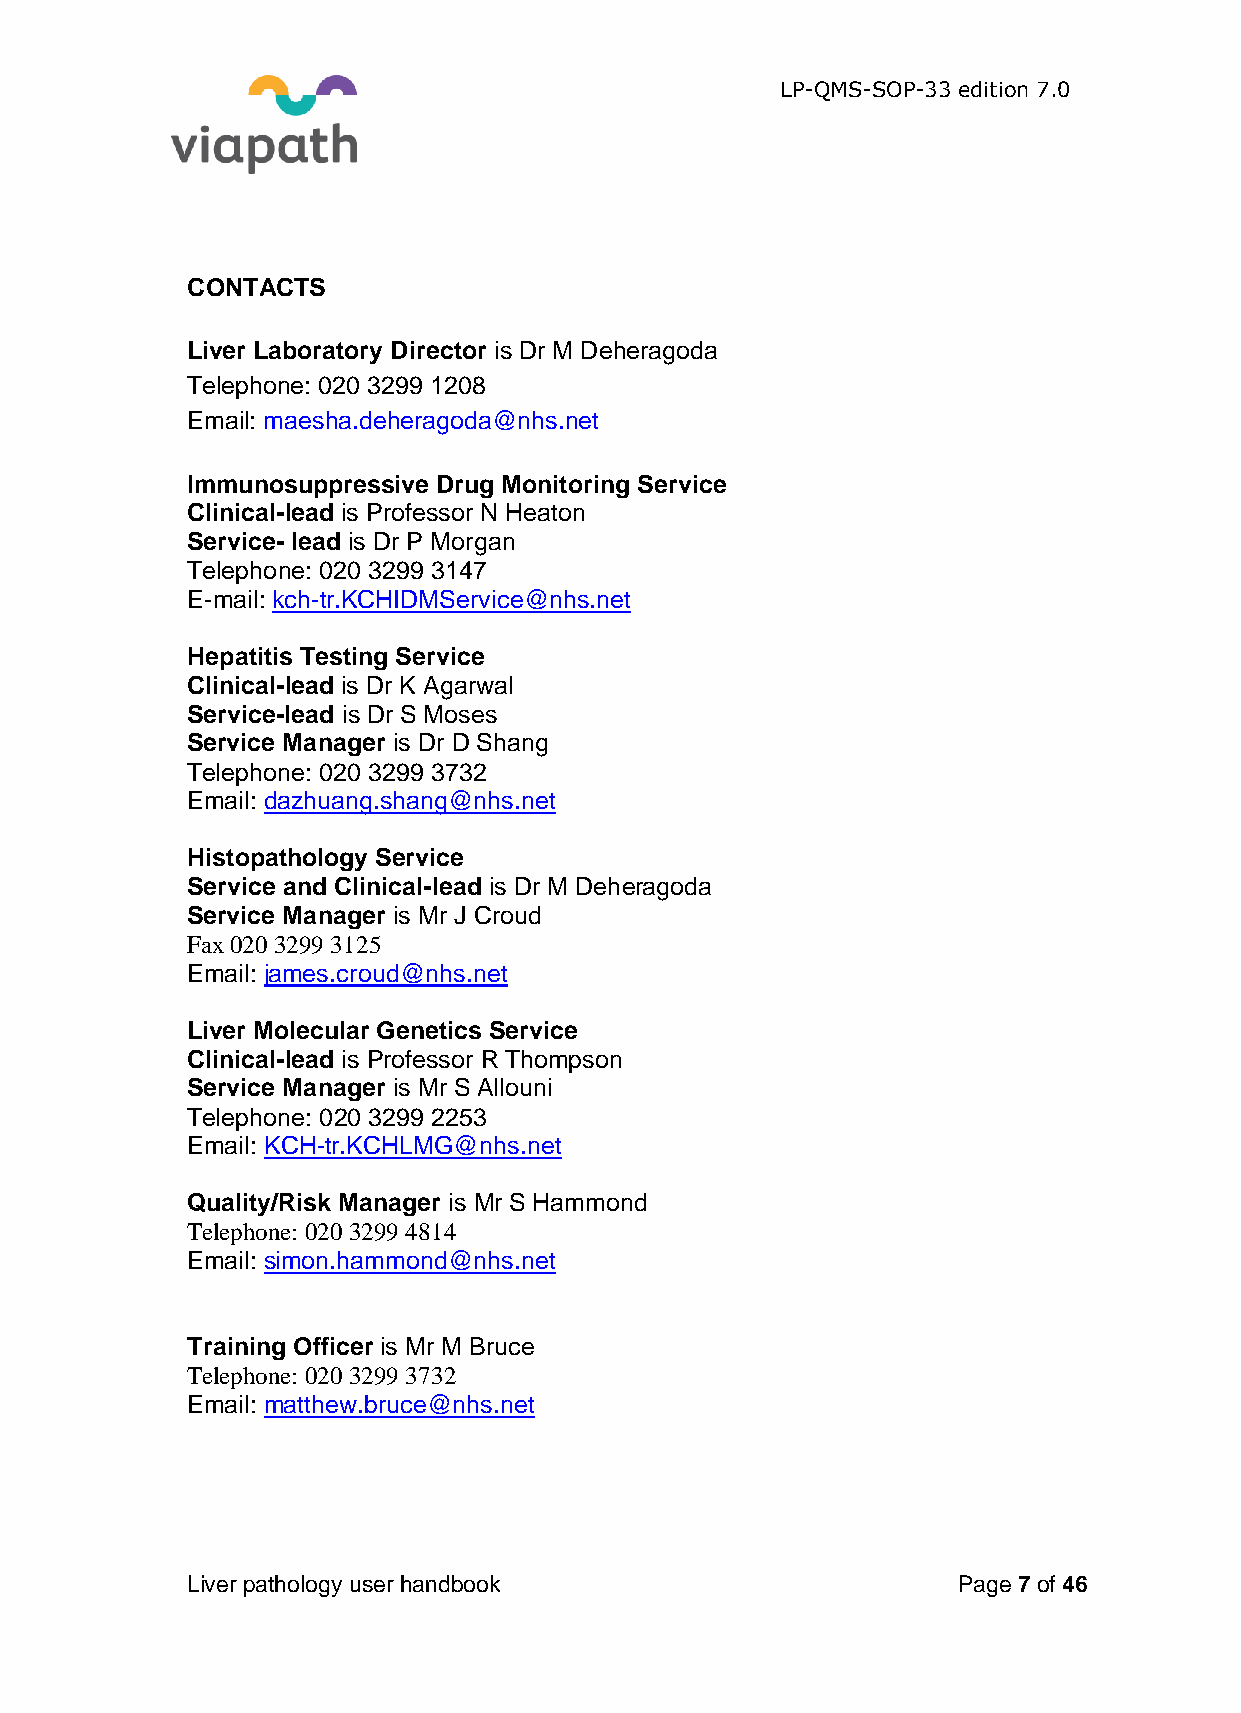
LP-QMS-SOP-33 edition 7.0
 CONTACTS
 Liver Laboratory Director is Dr M Deheragoda
 Telephone: 020 3299 1208
 Email: maesha.deheragoda@nhs.net
 Immunosuppressive Drug Monitoring Service
 Clinical-lead is Professor N Heaton
 Service- lead is Dr P Morgan
 Telephone: 020 3299 3147
 E-mail: kch-tr.KCHIDMService@nhs.net
 Hepatitis Testing Service
 Clinical-lead is Dr K Agarwal
 Service-lead is Dr S Moses
 Service Manager is Dr D Shang
 Telephone: 020 3299 3732
 Email: dazhuang.shang@nhs.net
 Histopathology Service
 Service and Clinical-lead is Dr M Deheragoda
 Service Manager is Mr J Croud
 Fax 020 3299 3125
 Email: james.croud@nhs.net
 Liver Molecular Genetics Service
 Clinical-lead is Professor R Thompson
 Service Manager is Mr S Allouni
 Telephone: 020 3299 2253
 Email: KCH-tr.KCHLMG@nhs.net
 Quality/Risk Manager is Mr S Hammond
 Telephone: 020 3299 4814
 Email: simon.hammond@nhs.net
 Training Officer is Mr M Bruce
 Telephone: 020 3299 3732
 Email: matthew.bruce@nhs.net
 Liver pathology user handbook                      Page 7 of 46